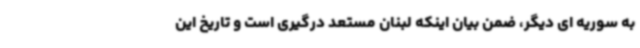
به سوریه ای دیگر، ضمن بیان اینکه لبنان مستعد درگیری است و تاریخ این